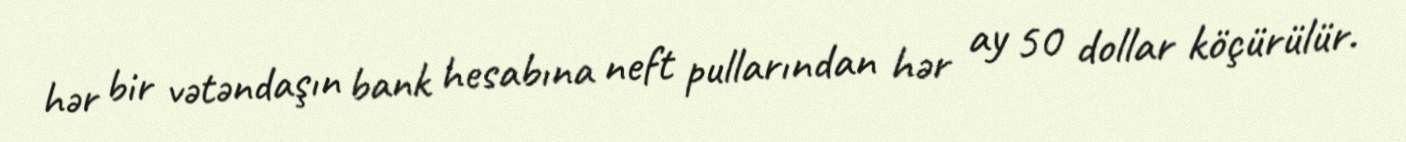
hər bir vətəndaşın bank hesabına neft pullarından hər ay 50 dollar köçürülür.